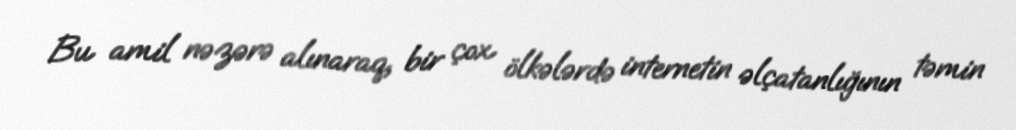
Bu amil nəzərə alınaraq, bir çox ölkələrdə internetin əlçatanlığının təmin